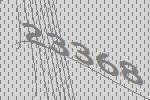
23368